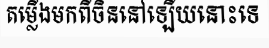
តម្លើងមកពីចិននៅឡើយនោះទេ